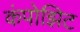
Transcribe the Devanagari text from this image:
कंपोझिट